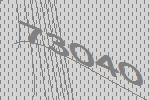
73040